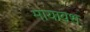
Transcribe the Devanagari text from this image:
मायावश